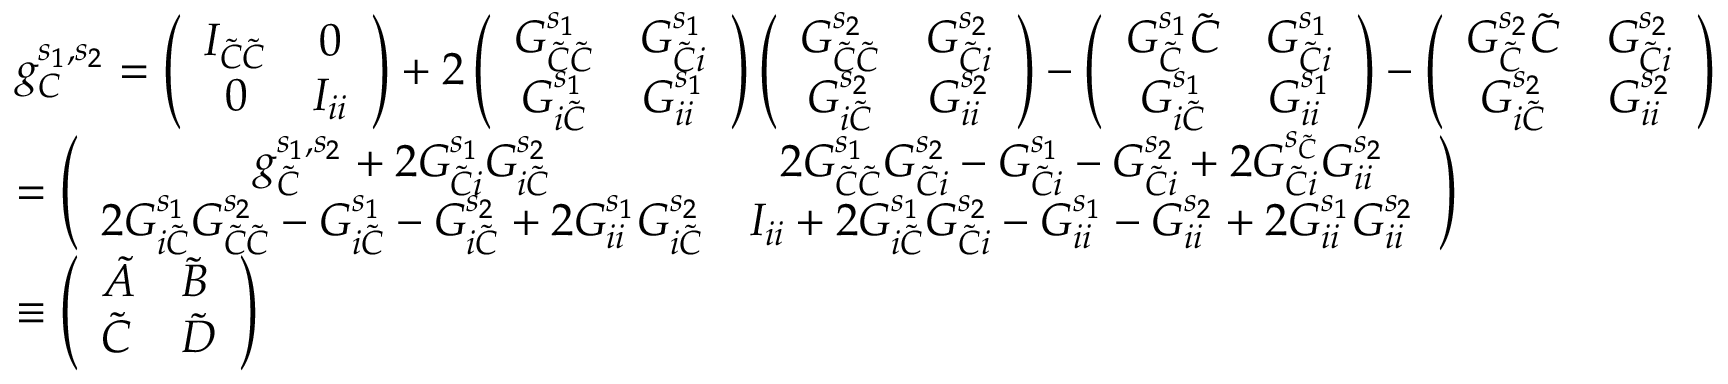
\begin{array} { r l } & { g _ { C } ^ { s _ { 1 } , s _ { 2 } } = \left( \begin{array} { c c } { I _ { \tilde { C } \tilde { C } } } & { 0 } \\ { 0 } & { I _ { i i } } \end{array} \right) + 2 \left( \begin{array} { c c } { G _ { \tilde { C } \tilde { C } } ^ { s _ { 1 } } } & { G _ { \tilde { C } i } ^ { s _ { 1 } } } \\ { G _ { i \tilde { C } } ^ { s _ { 1 } } } & { G _ { i i } ^ { s _ { 1 } } } \end{array} \right) \left( \begin{array} { c c } { G _ { \tilde { C } \tilde { C } } ^ { s _ { 2 } } } & { G _ { \tilde { C } i } ^ { s _ { 2 } } } \\ { G _ { i \tilde { C } } ^ { s _ { 2 } } } & { G _ { i i } ^ { s _ { 2 } } } \end{array} \right) - \left( \begin{array} { c c } { G _ { \tilde { C } } ^ { s _ { 1 } } \tilde { C } } & { G _ { \tilde { C } i } ^ { s _ { 1 } } } \\ { G _ { i \tilde { C } } ^ { s _ { 1 } } } & { G _ { i i } ^ { s _ { 1 } } } \end{array} \right) - \left( \begin{array} { c c } { G _ { \tilde { C } } ^ { s _ { 2 } } \tilde { C } } & { G _ { \tilde { C } i } ^ { s _ { 2 } } } \\ { G _ { i \tilde { C } } ^ { s _ { 2 } } } & { G _ { i i } ^ { s _ { 2 } } } \end{array} \right) } \\ & { = \left( \begin{array} { c c } { g _ { \tilde { C } } ^ { s _ { 1 } , s _ { 2 } } + 2 G _ { \tilde { C } i } ^ { s _ { 1 } } G _ { i \tilde { C } } ^ { s _ { 2 } } } & { 2 G _ { \tilde { C } \tilde { C } } ^ { s _ { 1 } } G _ { \tilde { C } i } ^ { s _ { 2 } } - G _ { \tilde { C } i } ^ { s _ { 1 } } - G _ { \tilde { C } i } ^ { s _ { 2 } } + 2 G _ { \tilde { C } i } ^ { s _ { \tilde { C } } } G _ { i i } ^ { s _ { 2 } } } \\ { 2 G _ { i \tilde { C } } ^ { s _ { 1 } } G _ { \tilde { C } \tilde { C } } ^ { s _ { 2 } } - G _ { i \tilde { C } } ^ { s _ { 1 } } - G _ { i \tilde { C } } ^ { s _ { 2 } } + 2 G _ { i i } ^ { s _ { 1 } } G _ { i \tilde { C } } ^ { s _ { 2 } } } & { I _ { i i } + 2 G _ { i \tilde { C } } ^ { s _ { 1 } } G _ { \tilde { C } i } ^ { s _ { 2 } } - G _ { i i } ^ { s _ { 1 } } - G _ { i i } ^ { s _ { 2 } } + 2 G _ { i i } ^ { s _ { 1 } } G _ { i i } ^ { s _ { 2 } } } \end{array} \right) } \\ & { \equiv \left( \begin{array} { l l } { \tilde { A } } & { \tilde { B } } \\ { \tilde { C } } & { \tilde { D } } \end{array} \right) } \\ & { } \end{array}